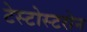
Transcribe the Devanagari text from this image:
टेस्टोस्टरोन